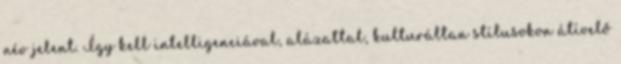
név jelent. Így kell intelligenciával, alázattal, kulturáltan stílusokon átívelő